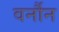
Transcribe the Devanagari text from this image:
वर्नौन